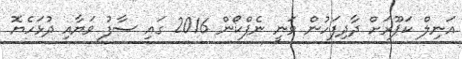
އަނިލް ކަޕޫރަށް ދާދިފަހުން ވަނީ ނެޕްކޯން 2016 ގައި ސާފު ވަޔާއި ދުޅަހެޔޮ